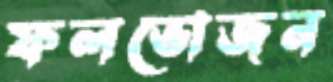
ফলভোজন